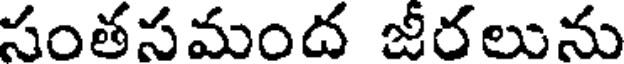
సంతసమంద జీరలును